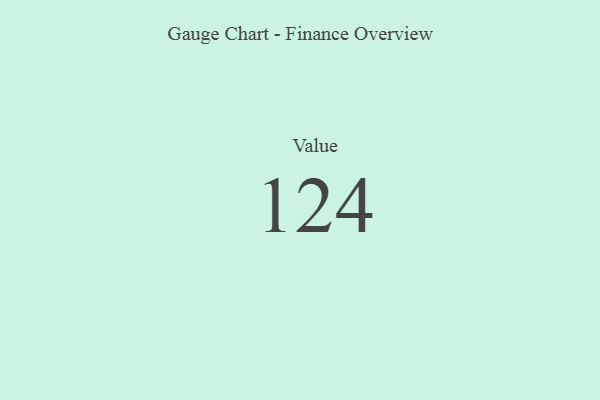
{"axis": {"x": "Metric", "y": "Value"}, "legend": [""], "data": [{"x": "Value", "y": 124, "type": ""}]}